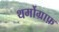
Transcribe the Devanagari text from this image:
थर्मोग्राफ़